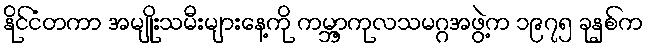
နိုင်ငံတကာ အမျိုးသမီးများနေ့ကို ကမ္ဘာ့ကုလသမဂ္ဂအဖွဲ့က ၁၉၇၅ ခုနှစ်က